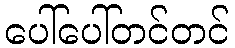
ပေါ်ပေါ်တင်တင်